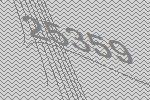
25359